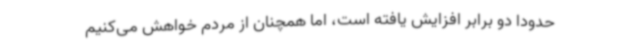
حدودا دو برابر افزایش یافته است، اما همچنان از مردم خواهش می‌کنیم